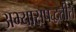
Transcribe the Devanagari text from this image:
अभ्यासपद्धतीत